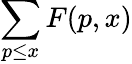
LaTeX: \sum_{p\leq x}F(p,x)